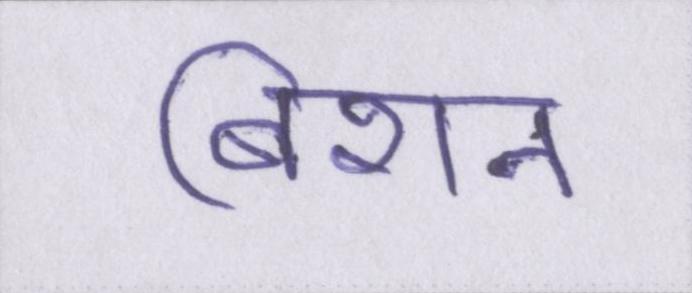
बिशन